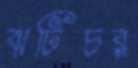
ঝটিচর